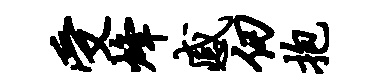
受烽感仞抱